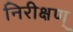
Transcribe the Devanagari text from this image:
निरीक्षण्